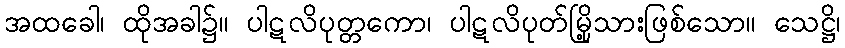
အထခေါ၊ ထိုအခါ၌။ ပါဋလိပုတ္တကော၊ ပါဋလိပုတ်မြို့သားဖြစ်သော။ သေဋ္ဌိ၊